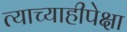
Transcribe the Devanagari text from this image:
त्याच्याहीपेक्षा